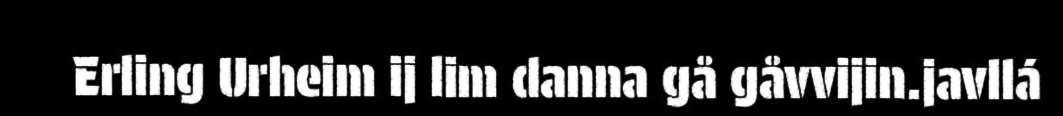
Erling Urheim ij lim danna gå gåvvijin.javllá